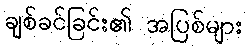
ချစ်ခင်ခြင်း၏ အပြစ်များ